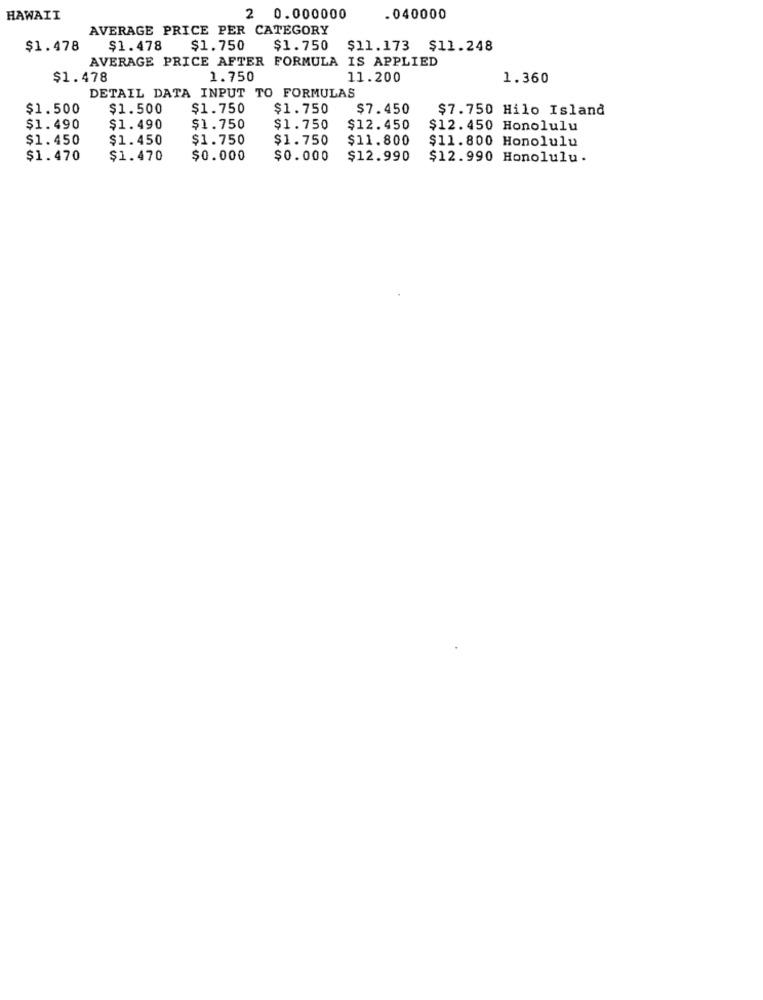
HAWAII
2 0.000000
.040000
AVERAGE PRICE PER CATEGORY
$1.478
$1.478
$1.750
$1.750
$11.173 $11.248
AVERAGE PRICE AFTER FORMULA IS APPLIED
$1.478
1.750
11.200
1.360
DETAIL DATA INPUT TO FORMULAS
$1.500
$1.500
$1.750
$1.750
$7.450
$7.750 Hilo Island
$1.490
$1.490
$1.750
$1.750
$12.450
$12.450 Honolulu
$1.450
$1.450
$1.750
$1.750
$11.800
$11.800 Honolulu
$1.470
$1.470
$0.000
$0.000
$12.990
$12.990 Honolulu.